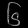
Digit: ၆